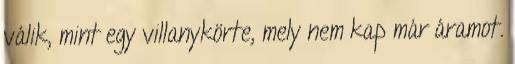
válik, mint egy villanykörte, mely nem kap már áramot.